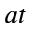
a t